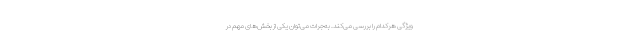
ویژگی هرکدام را بررسی می‌کند. به‌جرات می‌توان یکی از بخش‌های مهم در